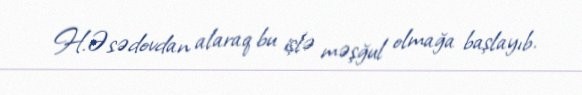
H.Əsədovdan alaraq bu işlə məşğul olmağa başlayıb.